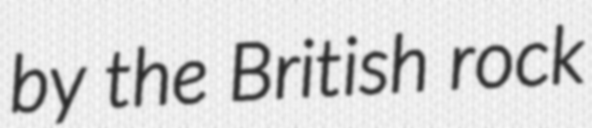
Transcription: by the British rock